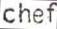
chef